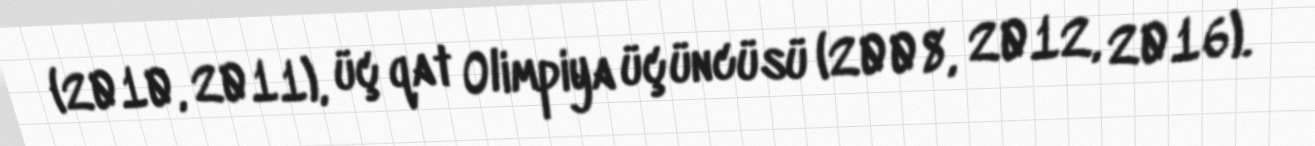
(2010, 2011), üç qat Olimpiya üçüncüsü (2008, 2012, 2016).